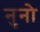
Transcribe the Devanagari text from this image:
नुनो